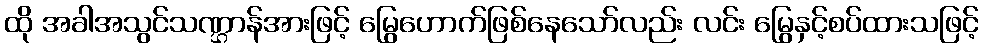
ထို အခါအသွင်သဏ္ဌာန်အားဖြင့် မြွေဟောက်ဖြစ်နေသော်လည်း လင်း မြွေနှင့်စပ်ထားသဖြင့်